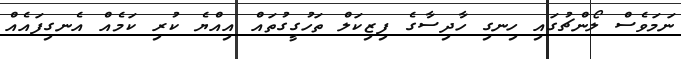
ނަމަވެސް ލޯންޗުގައި ހިނގި ހާދިސާގެ ފިޒިކަލް ތަހުގީގުތައް އިއްޔެ ކުރި ކަމެއް އެނގިފައެއް